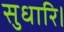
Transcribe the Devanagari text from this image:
सुधारि।